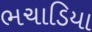
ભચાડિયા